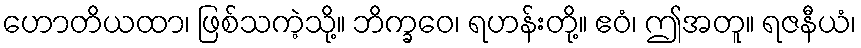
ဟောတိယထာ၊ ဖြစ်သကဲ့သို့။ ဘိက္ခဝေ၊ ရဟန်းတို့။ ဧဝံ၊ ဤအတူ။ ရဇနီယံ၊